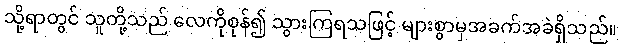
သို့ရာတွင် သူတို့သည် လေကိုစုန်၍ သွားကြရသဖြင့် များစွာမှအခက်အခဲရှိသည်။